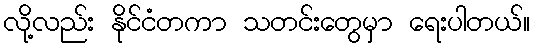
လို့လည်း နိုင်ငံတကာ သတင်းတွေမှာ ရေးပါတယ်။